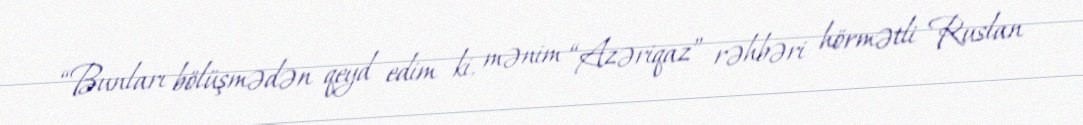
“Bunları bölüşmədən qeyd edim ki, mənim “Azəriqaz” rəhbəri hörmətli Ruslan